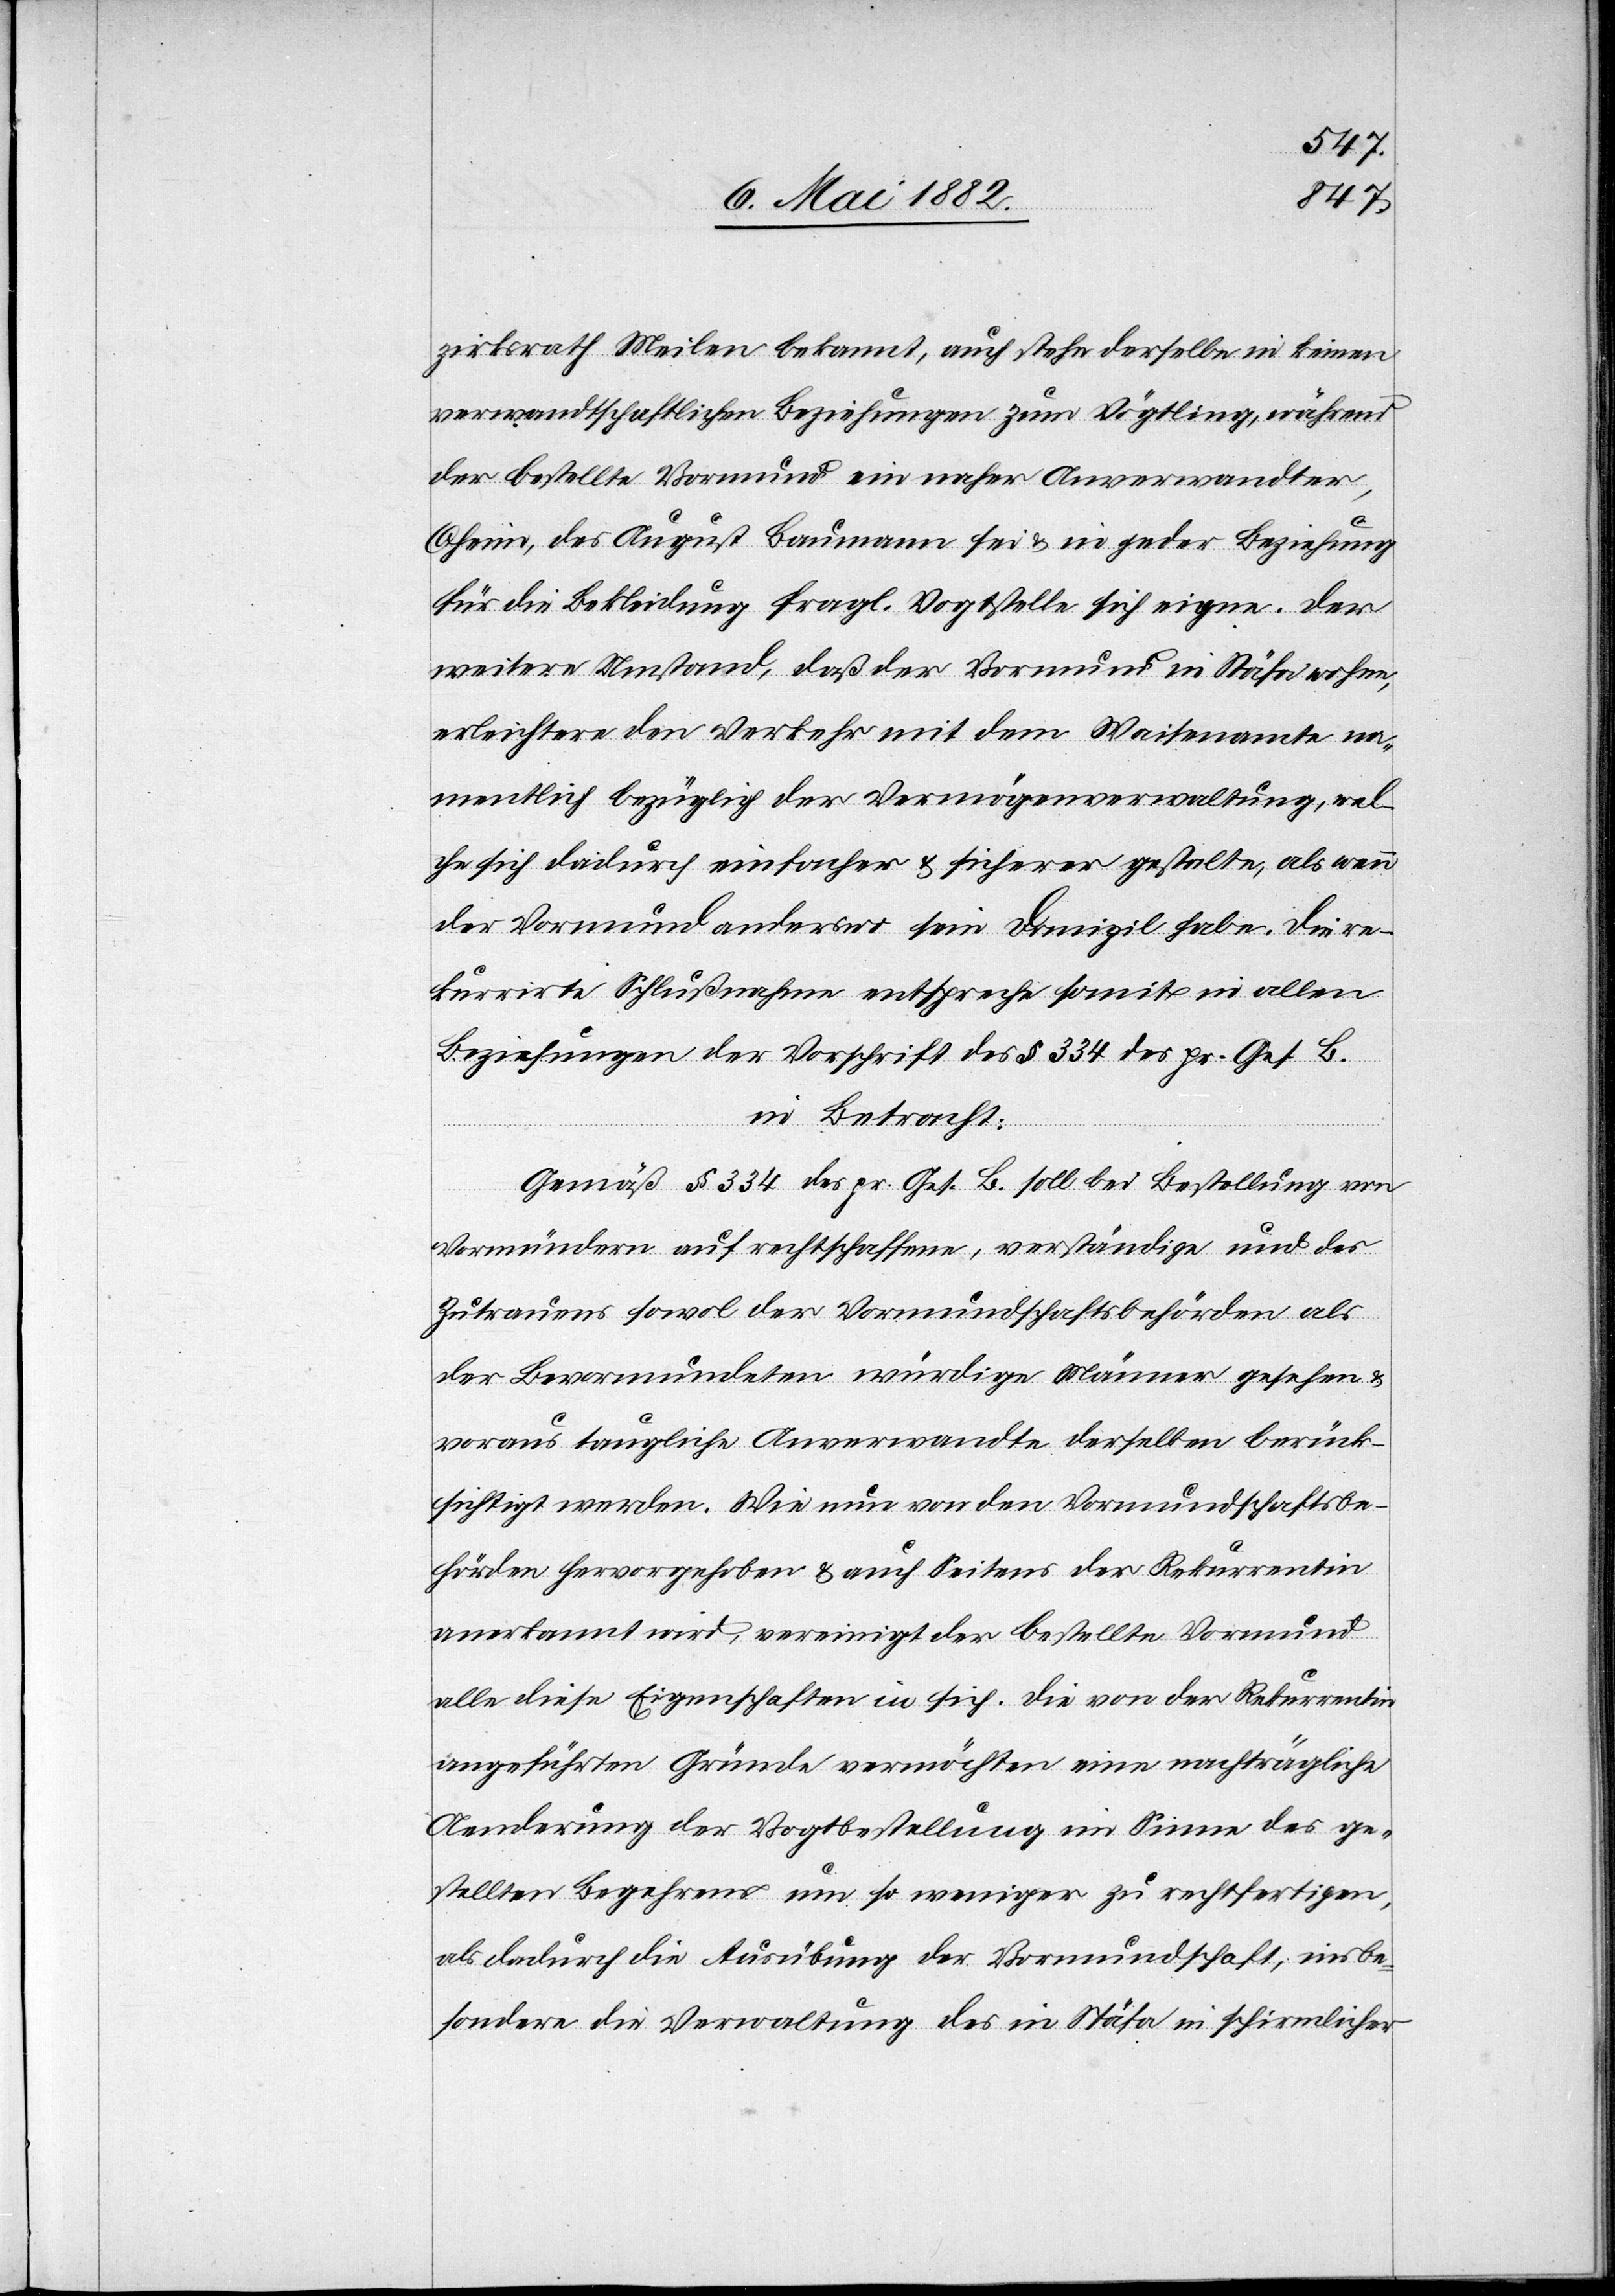
zirksrath Meilen bekannt, auch stehe derselbe in keinen
verwandtschaftlichen Beziehungen zum Vögtling, während
der bestellte Vormund ein naher Anverwandter,
Oheim, des August Baumann sei & in jeder Beziehung
für die Bekleidung fragl. Vogtstelle sich eigne. Der
weitere Umstand, daß der Vormund in Stäfa wohne,
erleichtere den Verkehr mit dem Waisenamte na¬
mentlich bezüglich der Vermögensverwaltung, wel¬
che sich dadurch einfacher & sicherer gestalte, als wenn
der Vormund anderswo sein Domizil habe. Die re¬
kurrirte Schlußnahme entspreche somit in allen
Beziehungen der Vorschrift des § 334 des pr. Ges. B.
in Betracht:
Gemäß § 334 des pr. Ges. B. soll bei Bestellung von
Vormündern auf rechtschaffene, verständige und des
Zutrauens sowol der Vormundschaftsbehörden als
der Bevormundeten würdige Männer gesehen
voraus taugliche Anverwandte derselben berück¬
sichtigt werden. Wie nun von den Vormundschaftsbe¬
hörden hervorgehoben & auch Seitens der Rekurrentin
anerkannt wird, vereinigt der bestellte Vormund
alle diese Eigenschaften in sich. Die von der Rekurrentin
angeführten Gründe vermöchten eine nachträgliche
Aenderung der Vogtbestellung im Sinne des ge¬
stellten Begehrens um so weniger zu rechtfertigten,
als dadurch die Ausübung der Vormundschaft, insbe¬
sondere die Verwaltung des in Stäfa in schirmlicher